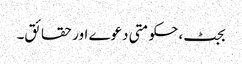
بجٹ، حکومتی دعوے اور حقائق۔